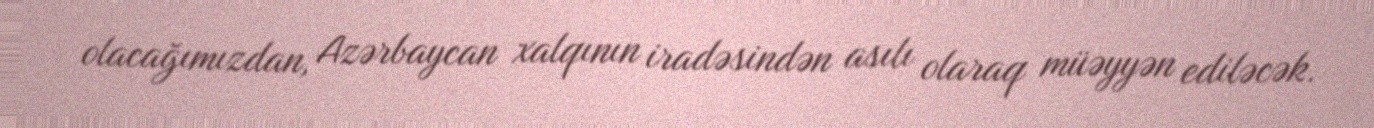
olacağımızdan, Azərbaycan xalqının iradəsindən asılı olaraq müəyyən ediləcək.